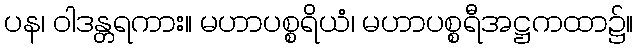
ပန၊ ဝါဒန္တရကား။ မဟာပစ္စရိယံ၊ မဟာပစ္စရီအဋ္ဌကထာ၌။